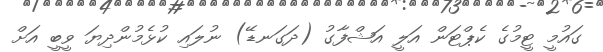
ގައުމީ ޓީމުގެ ކެޕްޓަން އަލީ އަޝްފާގު (ދަގަނޑޭ) ނުލައި ކުޅެމުންދިޔަ ވީބީ އަށް